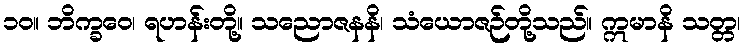
၁၀။ ဘိက္ခဝေ၊ ရဟန်းတို့။ သညောဇနနိ၊ သံယောဇဉ်တို့သည်။ ဣမာနိ သတ္တ၊